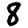
Digit: 8